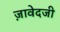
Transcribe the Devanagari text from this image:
ज़ावेदजी